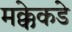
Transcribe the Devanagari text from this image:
मक्केकडे